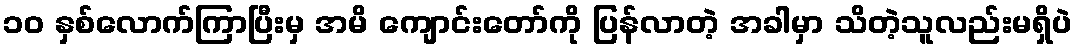
၁၀ နှစ်လောက်ကြာပြီးမှ အမိ ကျောင်းတော်ကို ပြန်လာတဲ့ အခါမှာ သိတဲ့သူလည်းမရှိပဲ